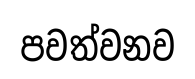
පවත්වනව